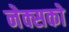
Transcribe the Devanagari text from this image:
नेक्सको